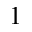
^ { 1 }